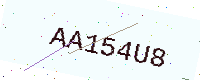
Text: AA154U8